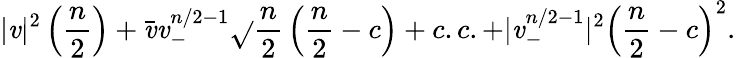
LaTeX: |\mathit{v}|^{2}\left({\frac{{n}}{{2}}}\right)+\bar{{\mathit{v}}}\mathit{v}_{-}^{n/2-1}\sqrt{}{{{\frac{{n}}{{2}}}}}\left({\frac{{n}}{{2}}}-c\right)+c.c.+|\mathit{v}_{-}^{n/2-1}|^{2}\left({\frac{{n}}{{2}}}-c\right)^{2}.